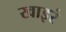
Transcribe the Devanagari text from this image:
खाइरं